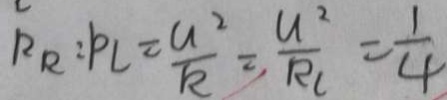
R _ { R } : P _ { L } = \frac { u ^ { 2 } } { k } = \frac { u ^ { 2 } } { R _ { 1 } } = \frac { 1 } { 4 }